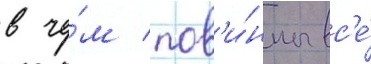
в че́м пов'и́нны вс'е́